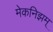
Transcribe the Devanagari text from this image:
मेकनिझम्